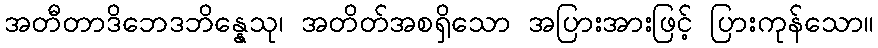
အတီတာဒိဘေဒဘိန္နေသု၊ အတိတ်အစရှိသော အပြားအားဖြင့် ပြားကုန်သော။